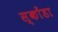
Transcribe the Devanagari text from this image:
स्कोंडा